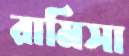
রামিসা